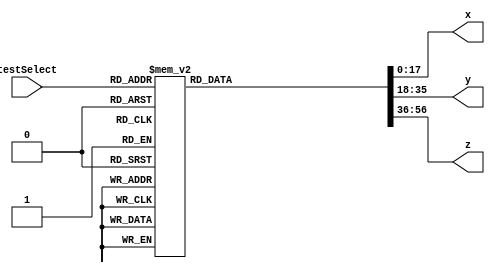
module tester_r4
	#(parameter n = 6, parameter c = 3)
(
	input  [3:0] testSelect,
	output reg [n*c-1:0] x,			// First number to add
	output reg [n*c-1:0] y,			// Second number to add
	output reg [(n+1)*c-1:0] z				// Correct result
);

//parameter n = 6;						// No. of digits
//parameter c = 3;						// Bits per digit

always @(testSelect)
	case (testSelect)
		4'd0:
			begin
				x = 0;
				y = 0;
				z = 0;
			end
			
		4'd1:
			begin
				x = {3'd1, 3'd2, -3'd3, 3'd3, 3'd0, -3'd1};
				y = {3'd2, -3'd1, -3'd3, 3'd3, 3'd2, 3'd2};
				z = {3'd0, 3'd0, -3'd1, 3'd0, 3'd0, -3'd3, 3'd1};
			end
			
		4'd2:
			begin
				x = {3'd0, 3'd0, 3'd0, 3'd1, 3'd2, -3'd2};
				y = {3'd0, 3'd0, 3'd0, 3'd1, -3'd1, 3'd3};
				z = {3'd0, 3'd0, 3'd0, 3'd0, 3'd1, -3'd2, -3'd1};
			end
			
		4'd3:
			begin
				x = {6{3'd1}};
				y = {6{3'd1}};
				z = {3'd0, {6{3'd0}}};
			end
			
		4'd4:
			begin
				x = {6{3'd2}};
				y = {6{3'd1}};
				z = {3'd0, {6{3'd1}}};
			end
			
		4'd5:
			begin
				x = {6{3'd2}};
				y = {6{3'd2}};
				z = {{6{3'd0}}, 3'd0};
			end
			
		4'd6:
			begin
				x = {6{3'd3}};
				y = {6{3'd3}};
				z = {3'd0, {6{3'd0}}};
			end
				
		4'd7:
			begin
				x = {6{-3'd1}};
				y = {-3'd2, -3'd3, -3'd3, -3'd1, 3'd0, 3'd2};
				z = {3'd0, 3'd1, 3'd2, 3'd2, 3'd0, -3'd2, 3'd1};
			end
			
		4'd8:
			begin
				x =       {3'd0, 3'd0, 3'd0, 3'd2, 3'd2, 3'd3};
				y =       {3'd0, 3'd0, 3'd0, 3'd1, 3'd1, 3'd2};
				z = {3'd0, 3'd0, 3'd0, 3'd0, 3'd1, 3'd1, 3'd1};
			end
				
		default:
			begin
				x = 0;
				y = 0;
				z = 0;
			end
	endcase

endmodule